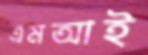
এমআই